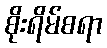
စိုးရိမ်စရာ